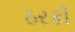
ઠરકી